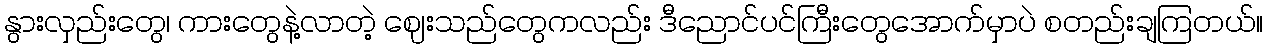
နွားလှည်းတွေ၊ ကားတွေနဲ့လာတဲ့ ဈေးသည်တွေကလည်း ဒီညောင်ပင်ကြီးတွေအောက်မှာပဲ စတည်းချကြတယ်။